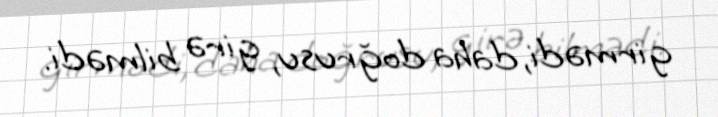
girmədi, daha doğrusu, girə bilmədi.